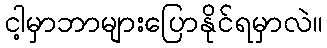
ငါ့မှာဘာများပြောနိုင်ရမှာလဲ။